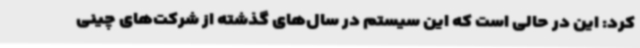
کرد: این در حالی است که این سیستم در سال‌های گذشته از شرکت‌های چینی